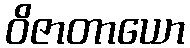
ဝိဇာတာယော